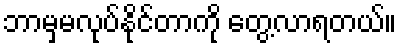
ဘာမှမလုပ်နိုင်တာကို တွေ့လာရတယ်။